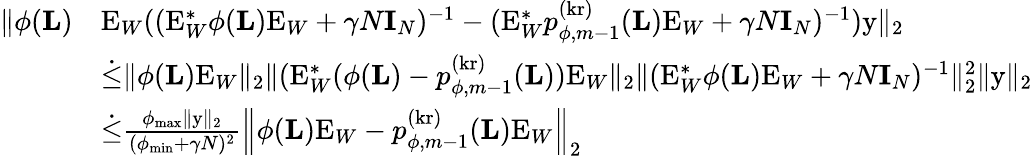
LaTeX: \begin{array}{rl}{\| \phi(\mathbf{L})}&{\mathrm{E}_{W}((\mathrm{E}_{W}^{*}\phi(\mathbf{L})\mathrm{E}_{W}+\gamma N\mathbf{I}_{N})^{-1}-(\mathrm{E}_{W}^{*}p_{\phi,m-1}^{(\mathrm{kr})}(\mathbf{L})\mathrm{E}_{W}+\gamma N\mathbf{I}_{N})^{-1})\mathrm{y}\| _{2}}\\ &{\dot{\leq}\| \phi(\mathbf{L})\mathrm{E}_{W}\| _{2}\| (\mathrm{E}_{W}^{*}(\phi(\mathbf{L})-p_{\phi,m-1}^{(\mathrm{kr})}(\mathbf{L}))\mathrm{E}_{W}\| _{2}\| (\mathrm{E}_{W}^{*}\phi(\mathbf{L})\mathrm{E}_{W}+\gamma N\mathbf{I}_{N})^{-1}\| _{2}^{2}\| \mathrm{y}\| _{2}}\\ &{\dot{\leq}\frac{\phi_{\operatorname*{max}}\| \mathrm{y}\| _{2}}{(\phi_{\operatorname*{min}}+\gamma N)^{2}}\left\| \phi(\mathbf{L})\mathrm{E}_{W}-p_{\phi,m-1}^{(\mathrm{kr})}(\mathbf{L})\mathrm{E}_{W}\right\| _{2}}\end{array}